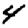
Digit: 4